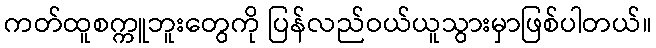
ကတ်ထူစက္ကူဘူးတွေကို ပြန်လည်ဝယ်ယူသွားမှာဖြစ်ပါတယ်။